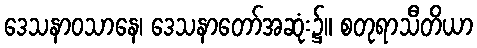
ဒေသနာဝသာနေ၊ ဒေသနာတော်အဆုံး၌။ စတုရာသီတိယာ